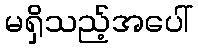
မရှိသည့်အပေါ်